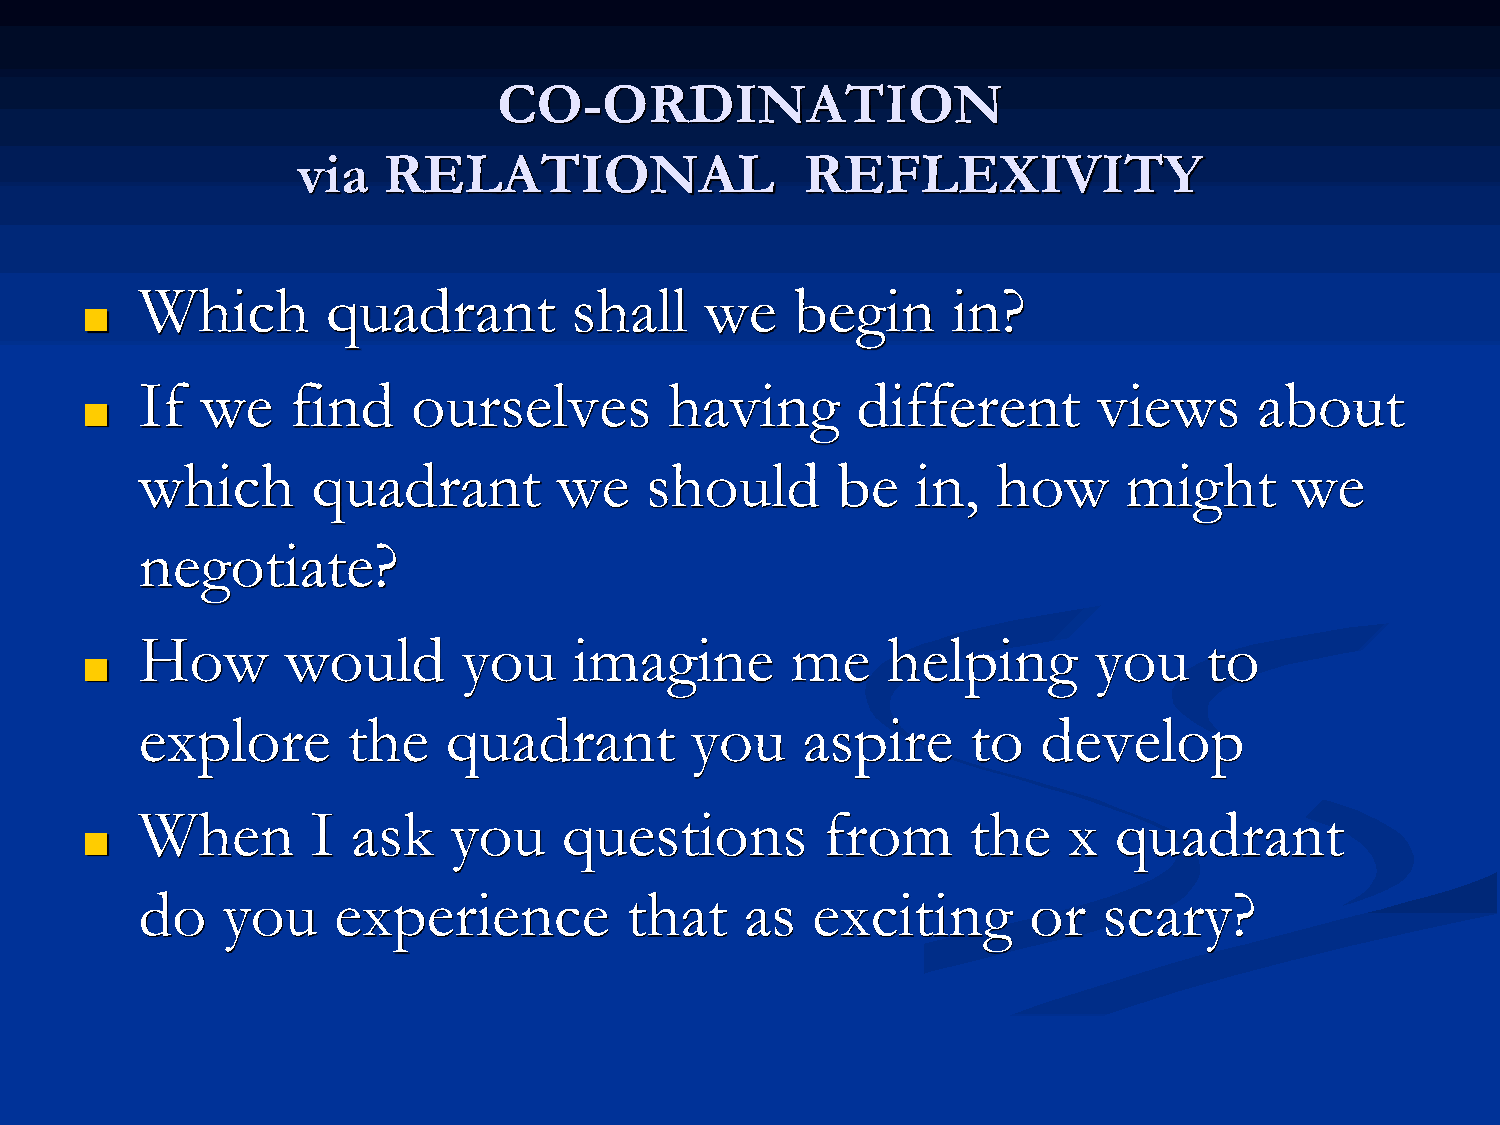
CO-ORDINATION
 via  RELATIONAL                  REFLEXIVITY
 Which        quadrant        shall    we    begin     in?
 ■
 If  we    find    ourselves        having       different       views     about
 ■
 which       quadrant        we    should      be    in,  how      might      we
 negotiate?
 How       would       you    imagine       me     helping      you     to
 ■
 explore       the    quadrant        you    aspire     to   develop
 When        I ask    you    questions         from     the    x  quadrant
 ■
 do    you    experience          that   as   exciting      or   scary?